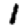
Digit: 1